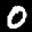
Label: 0